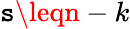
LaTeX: \mathtt{s}\leqn-k